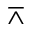
\barwedge